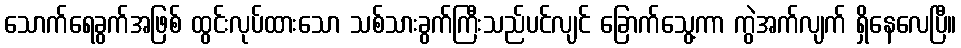
သောက်ရေခွက်အဖြစ် ထွင်းလုပ်ထားသော သစ်သားခွက်ကြီးသည်ပင်လျင် ခြောက်သွေ့ကာ ကွဲအက်လျက် ရှိနေလေပြီ။